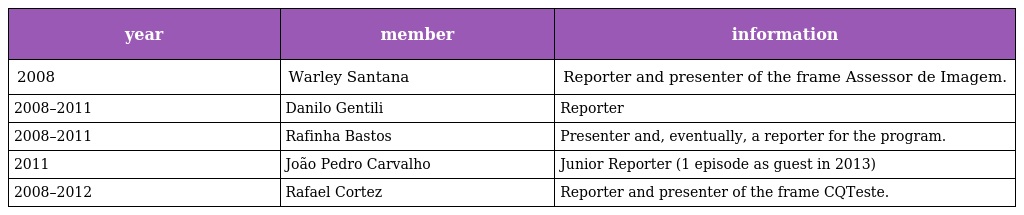
| year | member | information |
 | --- | --- | --- |
 | 2008 | Warley Santana | Reporter and presenter of the frame Assessor de Imagem. |
 | 2008–2011 | Danilo Gentili | Reporter |
 | 2008–2011 | Rafinha Bastos | Presenter and, eventually, a reporter for the program. |
 | 2011 | João Pedro Carvalho | Junior Reporter (1 episode as guest in 2013) |
 | 2008–2012 | Rafael Cortez | Reporter and presenter of the frame CQTeste. |